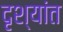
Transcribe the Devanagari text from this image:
दृश्यांत